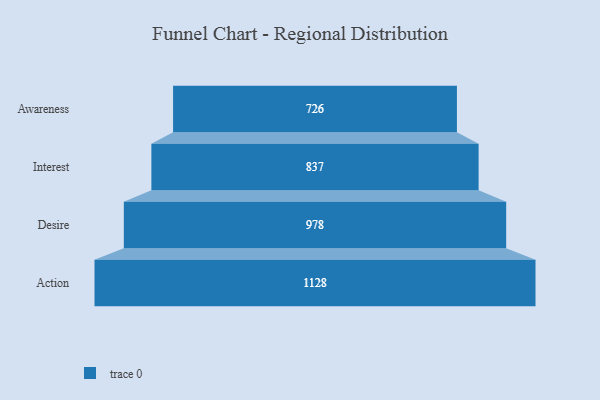
{"axis": {"x": "Stage", "y": "Value"}, "legend": [""], "data": [{"x": "Awareness", "y": 726.0, "type": ""}, {"x": "Interest", "y": 837.0, "type": ""}, {"x": "Desire", "y": 978.0, "type": ""}, {"x": "Action", "y": 1128.0, "type": ""}]}